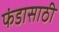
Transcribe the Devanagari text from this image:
फंडासाठी